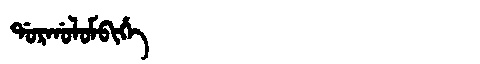
Manchu: ᡩᠣᡵᡤᠣᠯᠣᠮᠪᡳᡥᡝ
Romanization: DORGOLOMBIHE